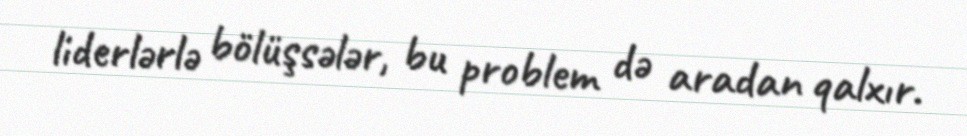
liderlərlə bölüşsələr, bu problem də aradan qalxır.